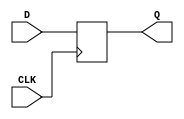
`timescale 1ns / 1ps

module Register #(parameter WL = 4)
                 (input CLK,
                  input [WL-1:0] D,
                  output reg [WL-1:0] Q);
 
    always @ (posedge CLK) begin
        Q <= D;
    end
    
endmodule